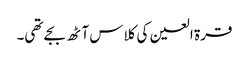
قرۃ العین کی کلاس آٹھ بجے تھی۔